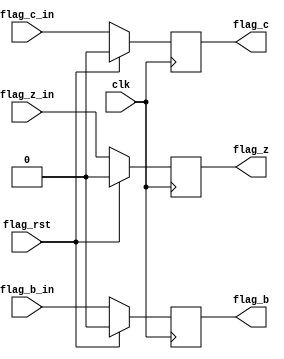
`timescale 1ns/100ps

module flag_reg (
    clk,
    flag_rst,
    flag_c_in,
    flag_z_in,
    flag_b_in,
    flag_c,
    flag_z,
    flag_b
);

input clk, flag_rst, flag_c_in, flag_z_in, flag_b_in;

output reg flag_c; //Carry
output reg flag_z; //Zero
output reg flag_b; //Borrow

always @(posedge clk) begin
    if(flag_rst) begin
        flag_c <= 1'b0;
        flag_z <= 1'b0;
        flag_b <= 1'b0;
    end
    else begin
        flag_c <= flag_c_in;
        flag_z <= flag_z_in;
        flag_b <= flag_b_in;
    end
end

endmodule